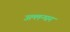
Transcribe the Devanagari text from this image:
उल्लन्घन